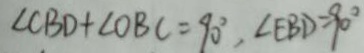
\angle C B D + \angle O B C = 9 0 ^ { \circ } , \angle E B D = 9 0 ^ { \circ }